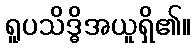
ရူပသိဒ္ဓိအယူရှိ၏။